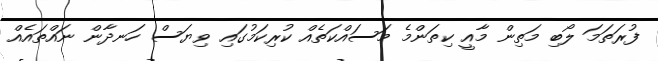
ފުރަތަމަ ލޯބި މަތިން މާއީ ކިތަންމެ މަސައްކަތެއް ކުރިކަމުގައި ވިޔަސް ހަނދާން ނައްތައެއް